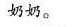
奶奶。